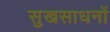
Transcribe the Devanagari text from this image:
सुखसाधनों